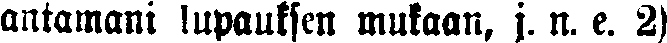
antamani lupauksen mukaan, j. n. e. 2)